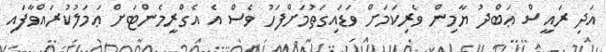
އަދި ރައީސް ޢަބްދު ޔާމިން ވެރިކަމަށް ވަޑައިގަތުމަށްފަހު ވެސް އެ އެގްރީމެންޓަށް ޢަމަލުކުރައްވާފައި